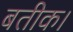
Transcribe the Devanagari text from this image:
बतीक।